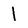
Character: l